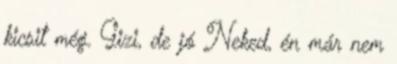
kicsit még. Gizi, de jó Neked, én már nem